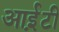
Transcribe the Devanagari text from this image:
आई़़टी